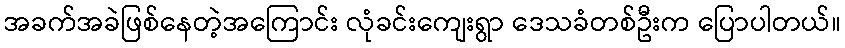
အခက်အခဲဖြစ်နေတဲ့အကြောင်း လုံခင်းကျေးရွာ ဒေသခံတစ်ဦးက ပြောပါတယ်။